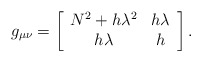
\begin{align*}g_{\mu\nu} = \left[ \begin{array}{cc} N^{2} + h\lambda^{2} & h\lambda \\ h \lambda & h \end{array} \right].\end{align*}